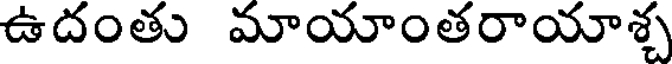
ఉదంతు మాయాంతరాయాశ్చ